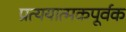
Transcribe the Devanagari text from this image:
प्रत्ययात्मकपूर्वक